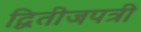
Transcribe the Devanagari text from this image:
द्वितीजपत्री